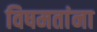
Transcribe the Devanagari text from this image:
विषमतांना